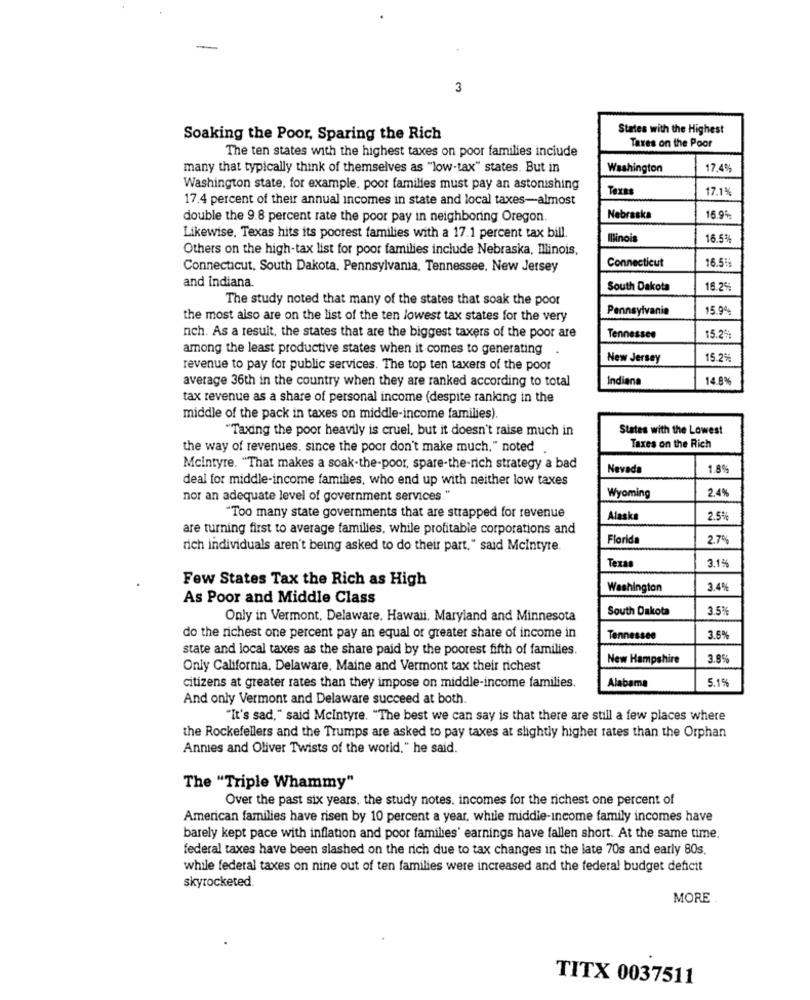
3
States with the Highest
Soaking the Poor, Sparing the Rich
The ten states with the highest taxes on poor families include
Taxes on the Poor
many that typically think of themselves as "low-tax" states. But in
Washington
17.4%
Washington state, for example, poor families must pay an astonishing
Texas
17.1%
17.4 percent of their annual incomes in state and local taxes-almost
double the 9.8 percent rate the poor pay in neighboring Oregon.
Nebraska
16.9%
Likewise, Texas hits its poorest families with a 17.1 percent tax bill.
Illinois
16.5%%
Others on the high-tax list for poor families include Nebraska, Illinois,
Connecticut
16.5%
Connecticut. South Dakota. Pennsylvania, Tennessee, New Jersey
and indiana.
South Dakota
16.2%
The study noted that many of the states that soak the poor
Pennsylvania
15.9%
the most also are on the list of the ten lowest tax states for the very
nch. As a result, the states that are the biggest taxers of the poor are
Tennessee
15.2%
among the least productive states when it comes to generating
.
New Jersey
15.2%
revenue to pay for public services. The top ten taxers of the poor
average 36th in the country when they are ranked according to total
Indiana
14.8%
tax revenue as a share of personal income (despite ranking in the
middle of the pack in taxes on middle-income families).
"Taxing the poor heavily is cruel, but it doesn't raise much in
States with the Lowest
the way of revenues, since the poor don't make much," noted
Taxes on the Rich
Mcintyre. "That makes a soak-the-poor, spare-the-rich strategy a bad
Nevada
1.8%
deal for middle-income families, who end up with neither low taxes
2.4%
nor an adequate level of government services."
Wyoming
"Too many state governments that are strapped for revenue
Alaska
2.5%
are turning first to average families, while profitable corporations and
Florida
2.7%
rich individuals aren't being asked to do their part," said Mcintyre.
3.1%
Texas
Few States Tax the Rich as High
Washington
3.4%
As Poor and Middle Class
South Dakota
3.5%
Only in Vermont, Delaware. Hawaii. Maryland and Minnesota
do the richest one percent pay an equal or greater share of income in
Tennessee
3.5%
state and local taxes as the share paid by the poorest fifth of families.
New Hampshire
3.8%%
Only California, Delaware, Maine and Vermont tax their richest
Alabama
5.1%
citizens at greater rates than they impose on middle-income families.
And only Vermont and Delaware succeed at both.
"It's sad," said Mcintyre. "The best we can say is that there are still a few places where
the Rockefellers and the Trumps are asked to pay taxes at slightly higher rates than the Orphan
Annies and Oliver Twists of the world," he said.
The "Triple Whammy"
Over the past six years. the study notes. incomes for the richest one percent of
American families have risen by 10 percent a year, while middle-income family incomes have
barely kept pace with inflation and poor families' earnings have fallen short. At the same time.
federal taxes have been slashed on the rich due to tax changes in the late 70s and early 80s.
while federal taxes on nine out of ten families were increased and the federal budget deficit
skyrocketed
MORE
TITX 0037511